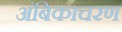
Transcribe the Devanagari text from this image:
अंबिकाचरण